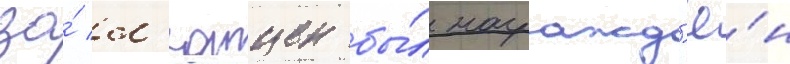
за́ л'ютцен бы́л награжд'ё́н